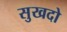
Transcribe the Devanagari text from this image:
सुखदो